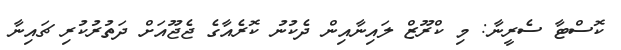
ކޮސްޓާ ސެރީނާ: މި ކްރޫޒް ލައިނާއިން ދެކުނު ކޮރެއާގެ ޖެޖޫއަށް ދަތުރުކުރި ޗައިނާ